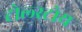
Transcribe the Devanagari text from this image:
टोल्स्टोय